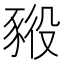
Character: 𧱕